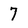
Character: 7